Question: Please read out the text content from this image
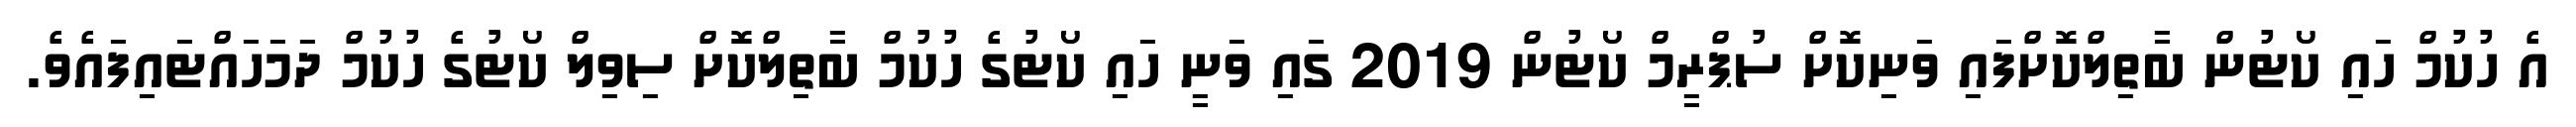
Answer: އެ ހުކުމް ހައި ކޯޓުން ބާތިލްކޮށްފައި ވަނިކޮށް ސުޕްރީމް ކޯޓުން 2019 ގައި ވަނީ ހައި ކޯޓުގެ ހުކުމް ބާތިލްކޮށް ސިވިލް ކޯޓުގެ ހުކުމް ދަމަހައްޓައިފައެވެ.